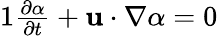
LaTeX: \begin{array}{r}{{1}\frac{\partial\alpha}{\partial t}+\textbf{u}\cdot\nabla\alpha=0}\end{array}